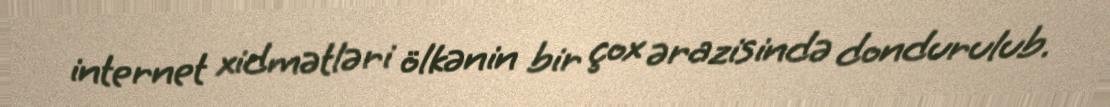
internet xidmətləri ölkənin bir çox ərazisində dondurulub.